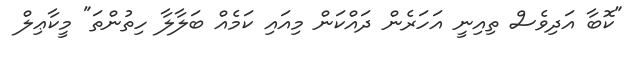
"ކޮބާ އަދިވެސް ތިއިނީ އަހަރެން ދައްކަން މިއައި ކަމެއް ބަލާލާ ހިތުންތަ" މީކާޢިލް